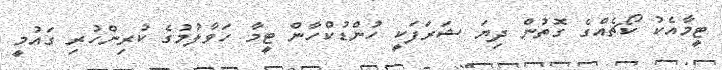
ޓީމާއެކު ކޯޗެއްގެ ގޮތުން ދިޔަ ޝަރަފަކީ ހުންޑުކްހާން ޓީމާ ހަވާލުމުގެ ކުރިންހުރި ގައުމީ